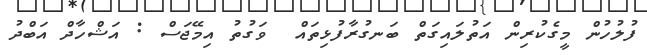
ފުލުހުން މީގެކުރިން އަތުލައިގަތް ބަނގުރާފުޅިތައް  ވަގުތު އިމޭޖަސް : އަޝްހާދް އަބްދު